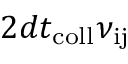
2 d t _ { \mathrm { c o l l } } \nu _ { \mathrm { i j } }